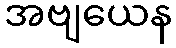
အဗျယေန